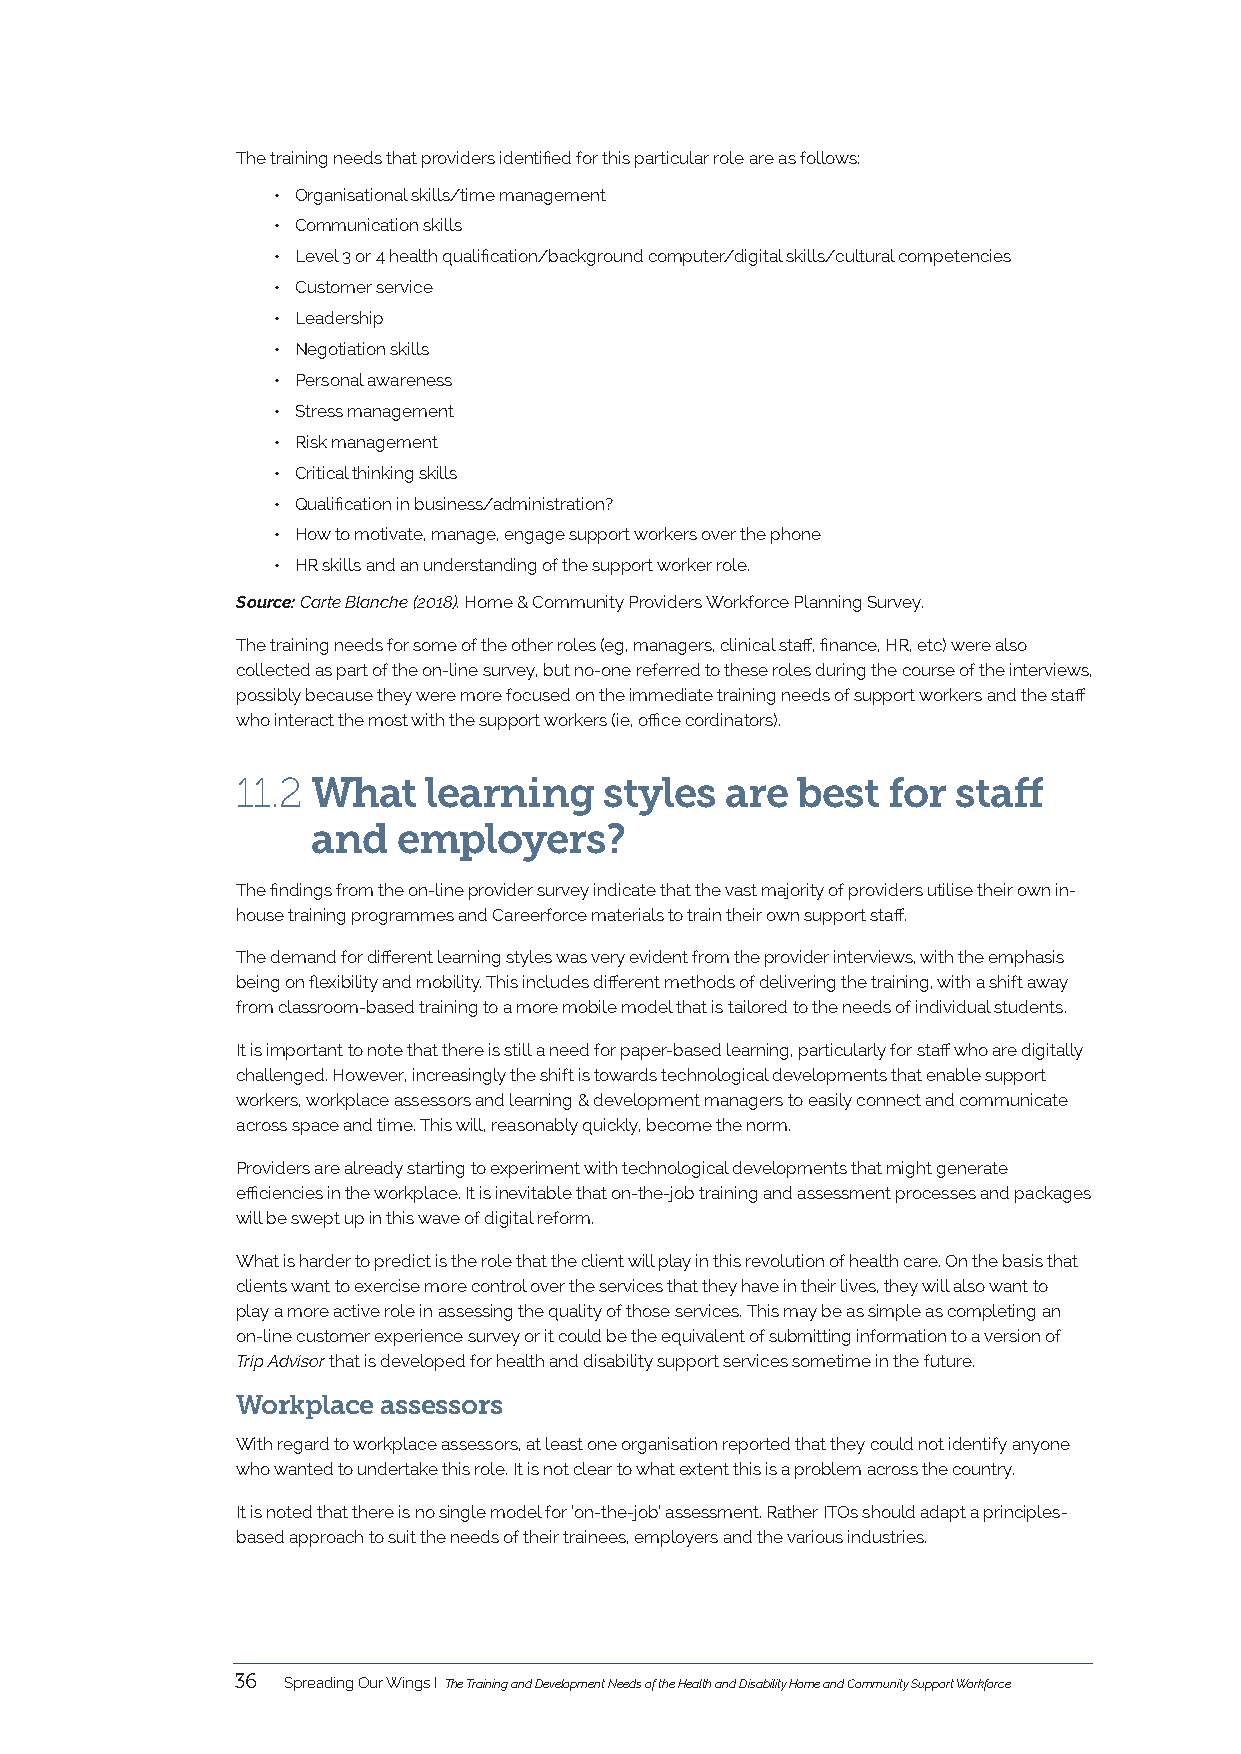
The training needs that providers identified for this particular role are as follows:
 • Organisational skills/time management
 • Communication skills
 • Level 3 or 4 health qualification/background computer/digital skills/cultural competencies
 • Customer service
 • Leadership
 • Negotiation skills
 • Personal awareness
 • Stress management
 • Risk management
 • Critical thinking skills
 • Qualification in business/administration?
 • How to motivate, manage, engage support workers over the phone
 • HR skills and an understanding of the support worker role.
 Source: Carte Blanche (2018). Home & Community Providers Workforce Planning Survey.
 The training needs for some of the other roles (eg, managers, clinical staff, finance, HR, etc) were also
 collected as part of the on-line survey, but no-one referred to these roles during the course of the interviews,
 possibly because they were more focused on the immediate training needs of support workers and the staff
 who interact the most with the support workers (ie, office cordinators).
 11.2 What   learning    styles  are  best  for staff
 and  employers?
 The findings from the on-line provider survey indicate that the vast majority of providers utilise their own in-
 house training programmes and Careerforce materials to train their own support staff.
 The demand for different learning styles was very evident from the provider interviews, with the emphasis
 being on flexibility and mobility. This includes different methods of delivering the training, with a shift away
 from classroom-based training to a more mobile model that is tailored to the needs of individual students.
 It is important to note that there is still a need for paper-based learning, particularly for staff who are digitally
 challenged. However, increasingly the shift is towards technological developments that enable support
 workers, workplace assessors and learning & development managers to easily connect and communicate
 across space and time. This will, reasonably quickly, become the norm.
 Providers are already starting to experiment with technological developments that might generate
 efficiencies in the workplace. It is inevitable that on-the-job training and assessment processes and packages
 will be swept up in this wave of digital reform.
 What is harder to predict is the role that the client will play in this revolution of health care. On the basis that
 clients want to exercise more control over the services that they have in their lives, they will also want to
 play a more active role in assessing the quality of those services. This may be as simple as completing an
 on-line customer experience survey or it could be the equivalent of submitting information to a version of
 Trip Advisor that is developed for health and disability support services sometime in the future.
 Workplace assessors
 With regard to workplace assessors, at least one organisation reported that they could not identify anyone
 who wanted to undertake this role. It is not clear to what extent this is a problem across the country.
 It is noted that there is no single model for ‘on-the-job’ assessment. Rather ITOs should adapt a principles-
 based approach to suit the needs of their trainees, employers and the various industries.
 36  Spreading Our Wings I The Training and Development Needs of the Health and Disability Home and Community Support Workforce